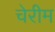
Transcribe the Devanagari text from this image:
चेरीम